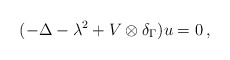
\begin{align*}(-\Delta -\lambda^2+V\otimes\delta_{\Gamma})u=0\,,\end{align*}